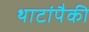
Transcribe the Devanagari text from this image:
थाटांपैकी